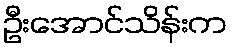
ဦးအောင်သိန်းက